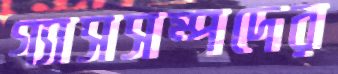
গ্যাসসম্পদের